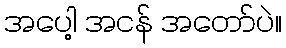
အပေါ့ အငန် အတော်ပဲ။